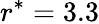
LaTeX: r^{*}=3.3